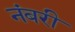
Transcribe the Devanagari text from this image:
नंबरी